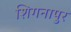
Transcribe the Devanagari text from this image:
शिगनापुर